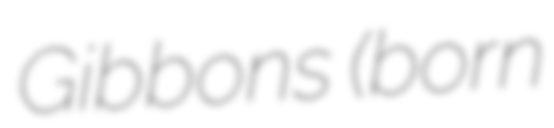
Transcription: Gibbons (born